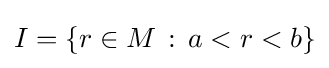
I=\{r\in M\,:\,a<r<b\}